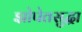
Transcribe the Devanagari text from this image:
झोपेतसुद्धा